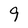
Character: 9